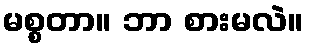
မစ္စတာ။ ဘာ စားမလဲ။